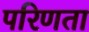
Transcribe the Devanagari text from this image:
परिणता